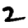
Digit: 2